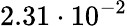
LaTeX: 2.31\cdot 10^{-2}